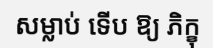
សម្លាប់ ទើប ឱ្យ ភិក្ខុ